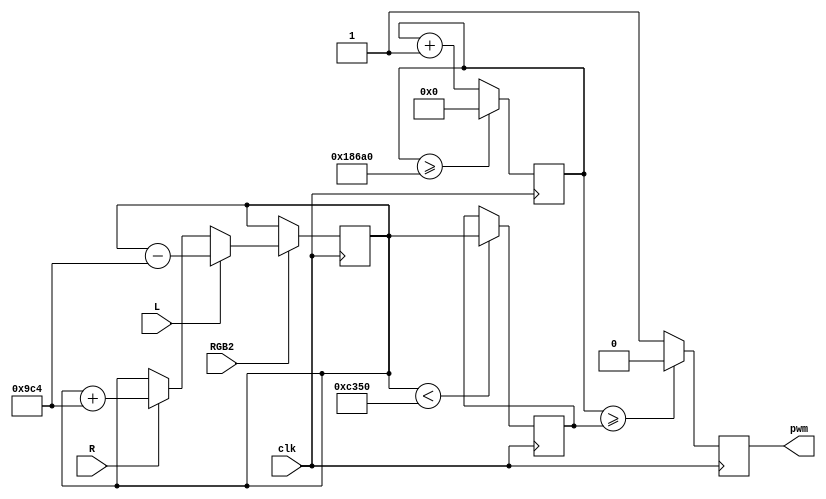
module PWM1(
    input clk,
    input RGB2,
    input R,
    input L,
    output reg pwm
    );      
    
    reg [17:0] counter = 0;
    reg [17:0] pw = 2500;
    
     
    reg [17:0] max;
    
        
        always @ (posedge clk)begin 
                counter <= counter + 1;        
                if (RGB2 == 1)
                begin
                if (R == 1) 
                pw <= pw + 2500; 
                if (L == 1) 
                pw <= pw - 2500; 
                end
                
                if (pw < 50000) 
                max <= pw;
                if (counter >= max)  
                pwm <= 0;
                else  
                pwm <= 1;
                if (counter >= 100000)  
                counter <= 0;
       end
endmodule